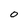
Character: 0